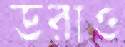
ডরাও